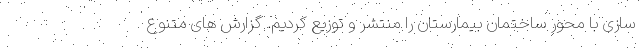
سازی با محور ساختمان بیمارستان را منتشر و توزیع کردیم. گزارش های متنوع